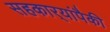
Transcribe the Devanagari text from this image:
सहकार्‍यांपैकी